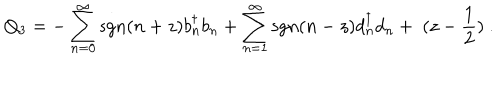
Q _ { 3 } = - \sum _ { n = 0 } ^ { \infty } \mathrm { { s g n } } ( n + z ) b _ { n } ^ { \dagger } b _ { n } + \sum _ { n = 1 } ^ { \infty } { \mathrm { s g n } } ( n - z ) d _ { n } ^ { \dagger } d _ { n } + \; ( z - { \frac { 1 } { 2 } } ) \ .